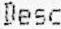
DESC